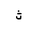
Letter: _tha